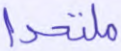
ملتحدا